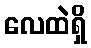
လေထဲရှိ